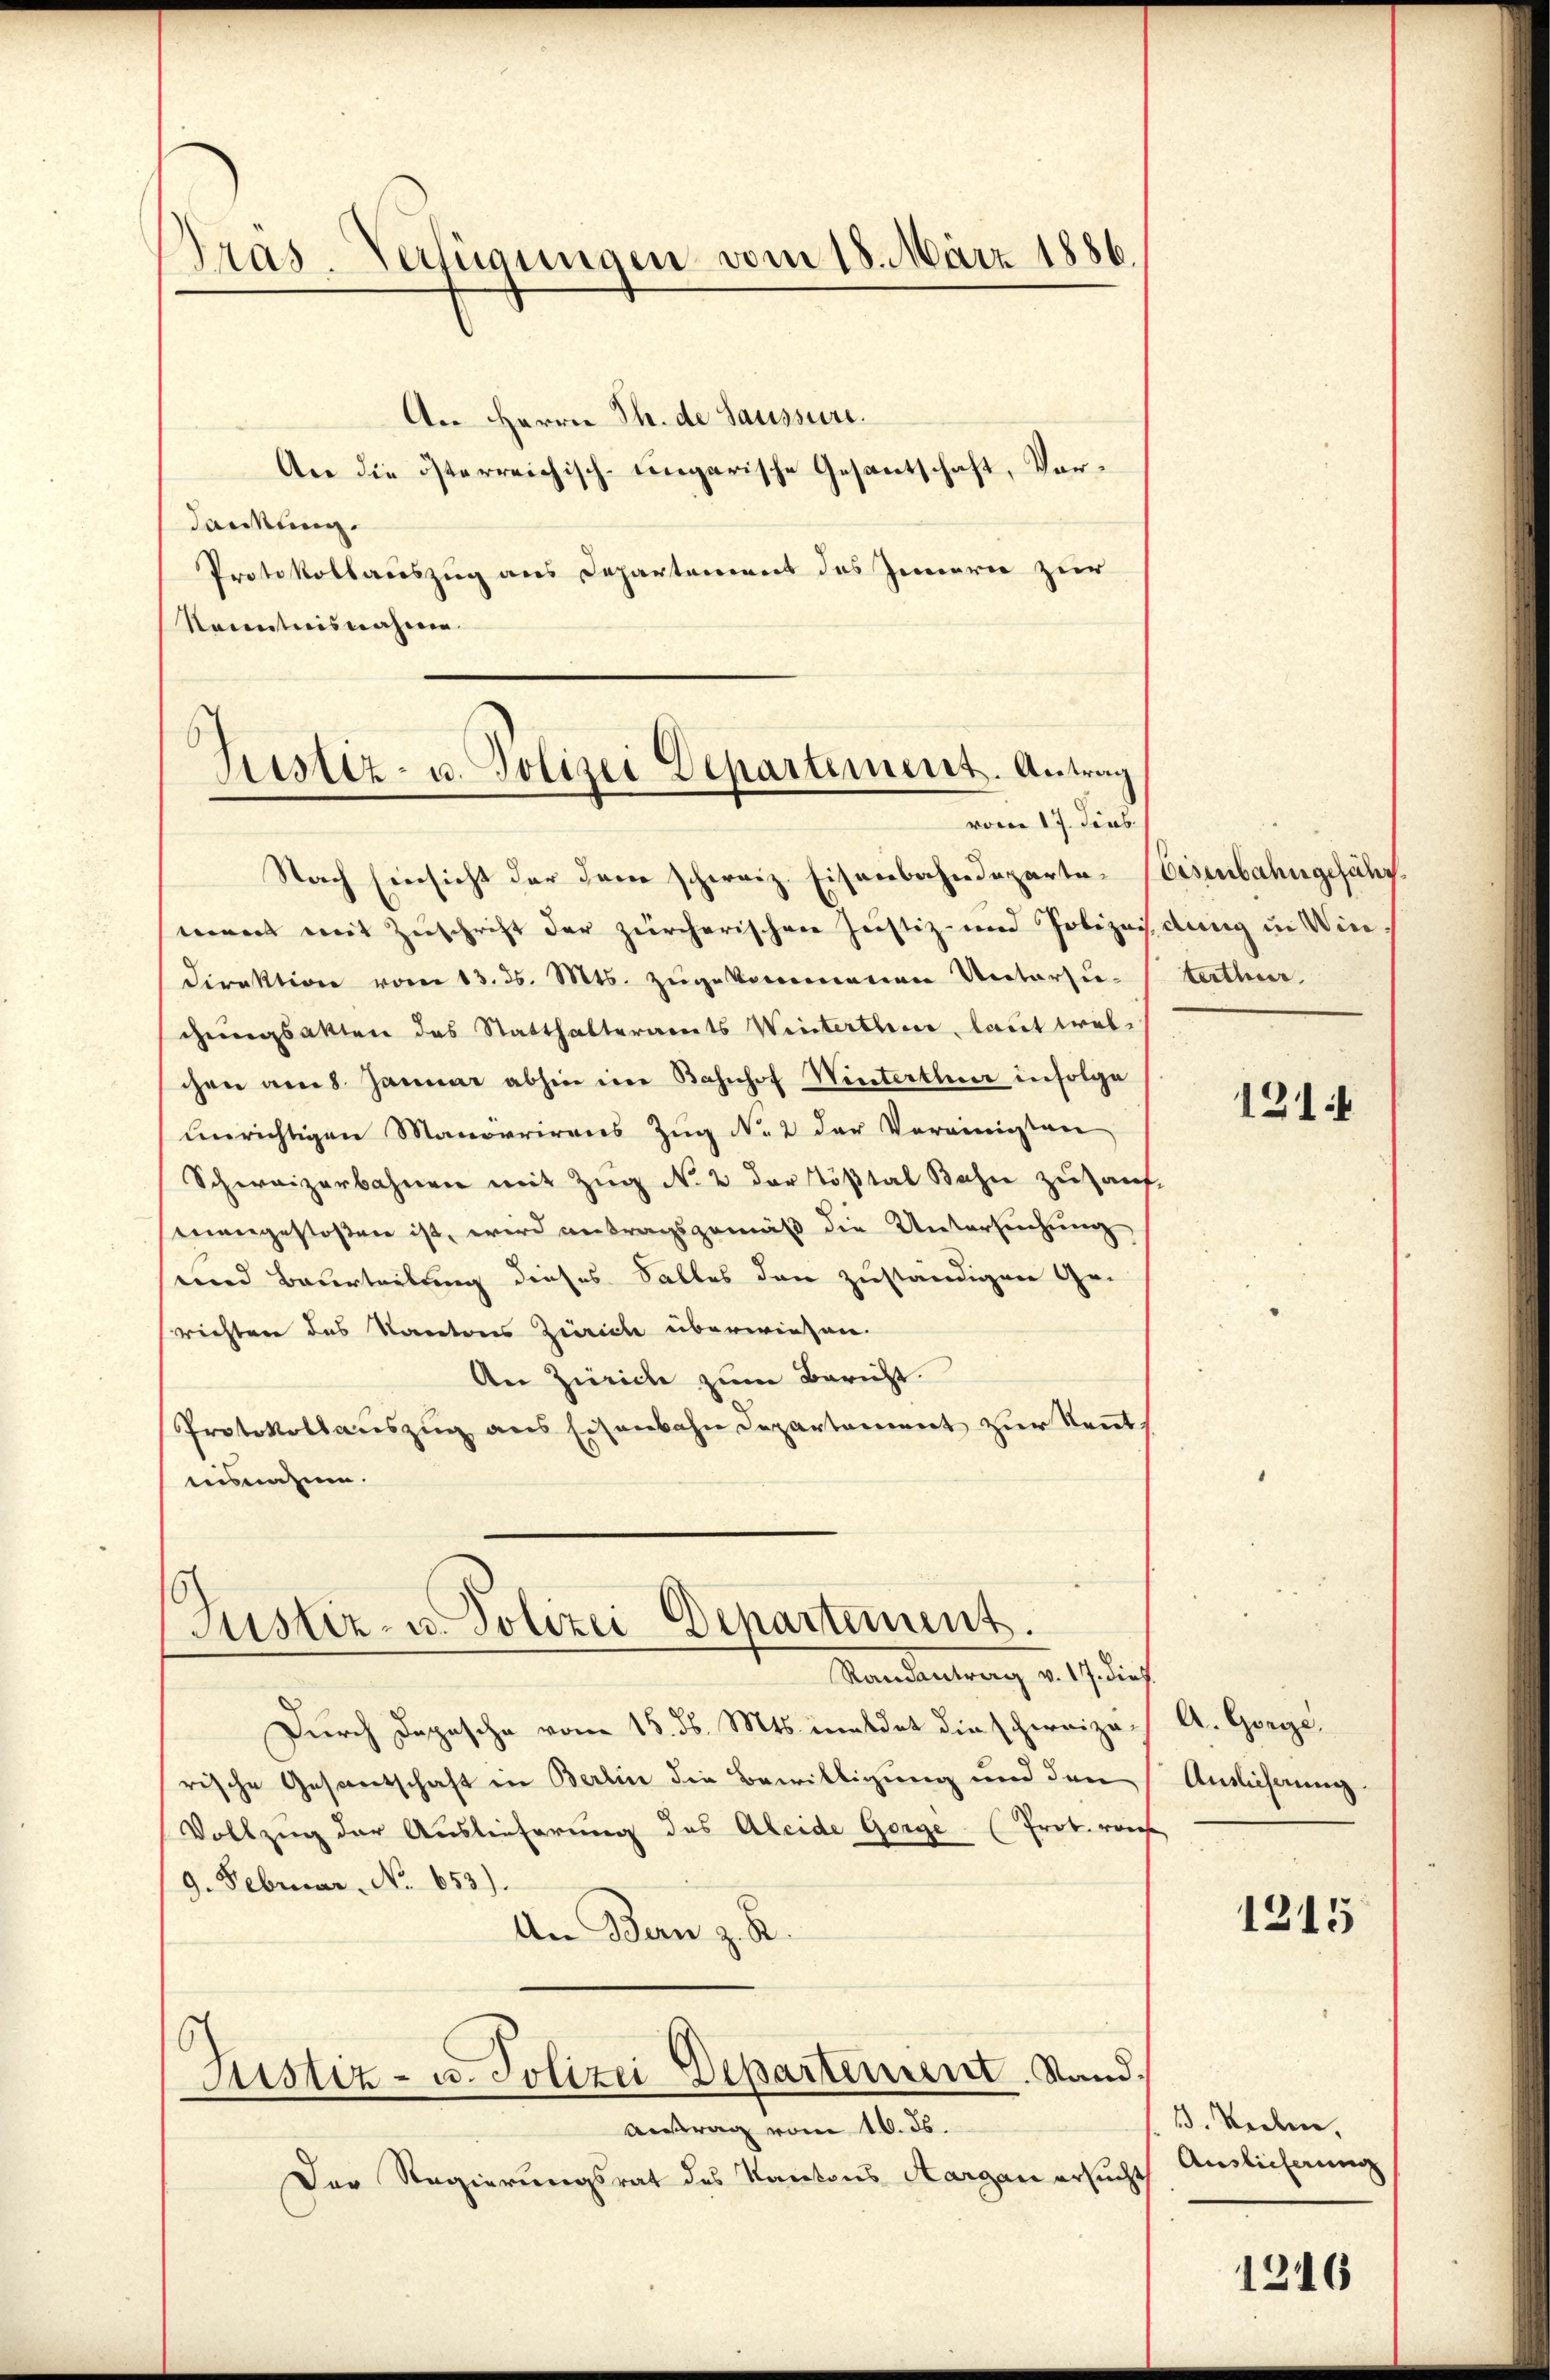
Präs. Verfügungen vom 18. März 1886.

An Herrn Th. de Saussure.
An die österreichisch-ungarische Gesantschaft, Verdankung.
Protokollauszug aus Departement des Innern zur
Renntnisnahmen.
)
Sistiz- u. Polizei Departement. Antrag

vom 17. Jens

Nach Einsicht der dem schweiz. Eisenbahndeparta-Eisenbahngefährment mit Zuschrift der zürcherischen Justiz- und Polizeidung in Win¬
Direktion vom 13. ds. Mts. zugekommenen Untersuchungsakten des Statthalteramts Winterthen, laut welchen am 8. Januar abhin in Bahnhof Winterthur infolge
unrichtigen Manörrirens Zug No 2 der Vereinigten
Schweizerbahnen mit Zug No 2 der Tößtal Bahre zusaufmangestoßen ist, wird antragsgemäß die Untersuchung
und Beurteilung dieses Salles den zuständigen Ge-
richten des Kantons Zürich überwiesen.
An Zürich zum Bericht.
Protokollauszug aus Eisenbahn Departement zur Kenntnisnahme.

(Justiz- u. Polizei Departement.
Samentrag u. sich

Durch Depesche vom 15. ds. Mts. meldet die scherrizi A. Gege
rische Gesandschaft in Berlin die Bewilligung und den
Vollzug der Auslieferung des Aleide Gorge. (Prot. reiche
9. Februar, No 653).
An Bern z. R.

Autrag vom 16. ds.
Der Regierungsrat des Kantons Aargau ersucht

O
Justiz- u. Polizei Departement. Stand.

terthur.

121.

Auslichnung.

1215

13. Seelen.
Auslieferung

1216